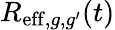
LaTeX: R_{\mathrm{eff},g,g^{\prime}}(t)